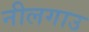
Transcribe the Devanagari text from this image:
नीलगाउ